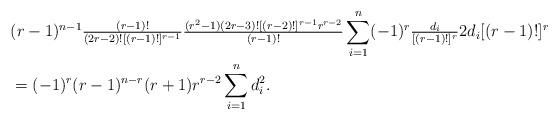
LaTeX: \begin{align*}&(r-1)^{n-1}\tfrac{(r-1)!}{(2r-2)![(r-1)!]^{r-1}}\tfrac{(r^{2}-1)(2r-3)![(r-2)!]^{r-1}r^{r-2}}{(r-1)!}\sum_{i=1}^{n}(-1)^{r}\tfrac{d_{i}}{[(r-1)!]^{r}}2d_{i}[(r-1)!]^{r}\\&=(-1)^{r}(r-1)^{n-r}(r+1)r^{r-2}\sum_{i=1}^{n}d_{i}^{2}.\end{align*}